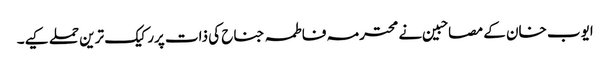
ایوب خان کے مصاحبین نے محترمہ فاطمہ جناح کی ذات پررکیک ترین حملے کیے۔